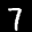
Label: 7